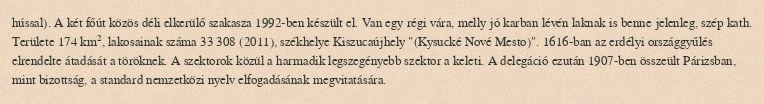
hússal). A két főút közös déli elkerülő szakasza 1992-ben készült el. Van egy régi vára, melly jó karban lévén laknak is benne jelenleg, szép kath. Területe 174 km², lakosainak száma 33 308 (2011), székhelye Kiszucaújhely "(Kysucké Nové Mesto)". 1616-ban az erdélyi országgyűlés elrendelte átadását a töröknek. A szektorok közül a harmadik legszegényebb szektor a keleti. A delegáció ezután 1907-ben összeült Párizsban, mint bizottság, a standard nemzetközi nyelv elfogadásának megvitatására.